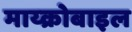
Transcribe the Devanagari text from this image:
माय्क्रोबाइल